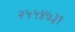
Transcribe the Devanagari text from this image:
२५५४७३१